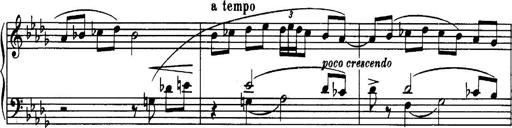
Title: 3 Sonatinas, Op.67
Composer: Jean Sibelius